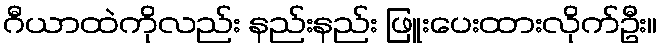
ဂီယာထဲကိုလည်း နည်းနည်း ဖြူးပေးထားလိုက်ဦး။